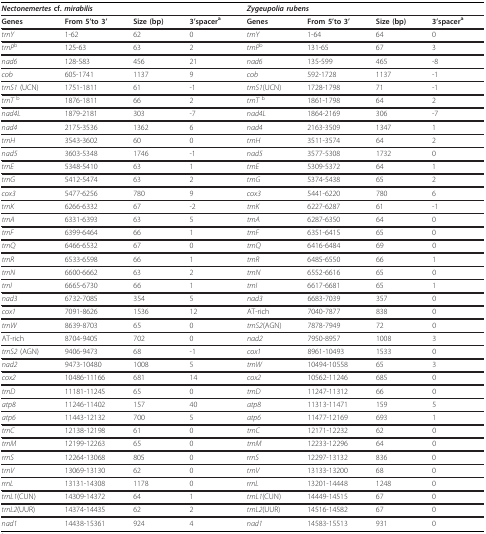
<table><thead><tr><td colspan="4"><b><i>Nectonemertes </i>cf. <i>mirabilis</i></b></td><td colspan="4"><b><i>Zygeupolia rubens</i></b></td></tr></thead><tbody><tr><td><b>Genes</b></td><td><b>From 5&#x27;to 3&#x27;</b></td><td><b>Size (bp)</b></td><td><b>3&#x27;spacer</b><sup><b>a</b></sup></td><td><b>Genes</b></td><td><b>From 5&#x27;to 3&#x27;</b></td><td><b>Size (bp)</b></td><td><b>3&#x27;spacer</b><sup><b>a</b></sup></td></tr><tr><td><i>trnY</i></td><td>1-62</td><td>62</td><td>0</td><td><i>trnY</i></td><td>1-64</td><td>64</td><td>0</td></tr><tr><td><i>trnP</i><sup>b</sup></td><td>125-63</td><td>63</td><td>2</td><td><i>trnP</i><sup>b</sup></td><td>131-65</td><td>67</td><td>3</td></tr><tr><td><i>nad6</i></td><td>128-583</td><td>456</td><td>21</td><td><i>nad6</i></td><td>135-599</td><td>465</td><td>-8</td></tr><tr><td><i>cob</i></td><td>605-1741</td><td>1137</td><td>9</td><td><i>cob</i></td><td>592-1728</td><td>1137</td><td>-1</td></tr><tr><td><i>trnS1 </i>(UCN)</td><td>1751-1811</td><td>61</td><td>-1</td><td><i>trnS1</i>(UCN)</td><td>1728-1798</td><td>71</td><td>-1</td></tr><tr><td><i>trnT </i><sup>b</sup></td><td>1876-1811</td><td>66</td><td>2</td><td><i>trnT </i><sup>b</sup></td><td>1861-1798</td><td>64</td><td>2</td></tr><tr><td><i>nad4L</i></td><td>1879-2181</td><td>303</td><td>-7</td><td><i>nad4L</i></td><td>1864-2169</td><td>306</td><td>-7</td></tr><tr><td><i>nad4</i></td><td>2175-3536</td><td>1362</td><td>6</td><td><i>nad4</i></td><td>2163-3509</td><td>1347</td><td>1</td></tr><tr><td><i>trnH</i></td><td>3543-3602</td><td>60</td><td>0</td><td><i>trnH</i></td><td>3511-3574</td><td>64</td><td>2</td></tr><tr><td><i>nad5</i></td><td>3603-5348</td><td>1746</td><td>-1</td><td><i>nad5</i></td><td>3577-5308</td><td>1732</td><td>0</td></tr><tr><td><i>trnE</i></td><td>5348-5410</td><td>63</td><td>1</td><td><i>trnE</i></td><td>5309-5372</td><td>64</td><td>1</td></tr><tr><td><i>trnG</i></td><td>5412-5474</td><td>63</td><td>2</td><td><i>trnG</i></td><td>5374-5438</td><td>65</td><td>2</td></tr><tr><td><i>cox3</i></td><td>5477-6256</td><td>780</td><td>9</td><td><i>cox3</i></td><td>5441-6220</td><td>780</td><td>6</td></tr><tr><td><i>trnK</i></td><td>6266-6332</td><td>67</td><td>-2</td><td><i>trnK</i></td><td>6227-6287</td><td>61</td><td>-1</td></tr><tr><td><i>trnA</i></td><td>6331-6393</td><td>63</td><td>5</td><td><i>trnA</i></td><td>6287-6350</td><td>64</td><td>0</td></tr><tr><td><i>trnF</i></td><td>6399-6464</td><td>66</td><td>1</td><td><i>trnF</i></td><td>6351-6415</td><td>65</td><td>0</td></tr><tr><td><i>trnQ</i></td><td>6466-6532</td><td>67</td><td>0</td><td><i>trnQ</i></td><td>6416-6484</td><td>69</td><td>0</td></tr><tr><td><i>trnR</i></td><td>6533-6598</td><td>66</td><td>1</td><td><i>trnR</i></td><td>6485-6550</td><td>66</td><td>1</td></tr><tr><td><i>trnN</i></td><td>6600-6662</td><td>63</td><td>2</td><td><i>trnN</i></td><td>6552-6616</td><td>65</td><td>0</td></tr><tr><td><i>trnI</i></td><td>6665-6730</td><td>66</td><td>1</td><td><i>trnI</i></td><td>6617-6681</td><td>65</td><td>1</td></tr><tr><td><i>nad3</i></td><td>6732-7085</td><td>354</td><td>5</td><td><i>nad3</i></td><td>6683-7039</td><td>357</td><td>0</td></tr><tr><td><i>cox1</i></td><td>7091-8626</td><td>1536</td><td>12</td><td>AT-rich</td><td>7040-7877</td><td>838</td><td>0</td></tr><tr><td><i>trnW</i></td><td>8639-8703</td><td>65</td><td>0</td><td><i>trnS2</i>(AGN)</td><td>7878-7949</td><td>72</td><td>0</td></tr><tr><td>AT-rich</td><td>8704-9405</td><td>702</td><td>0</td><td><i>nad2</i></td><td>7950-8957</td><td>1008</td><td>3</td></tr><tr><td><i>trnS2 </i>(AGN)</td><td>9406-9473</td><td>68</td><td>-1</td><td><i>cox1</i></td><td>8961-10493</td><td>1533</td><td>0</td></tr><tr><td><i>nad2</i></td><td>9473-10480</td><td>1008</td><td>5</td><td><i>trnW</i></td><td>10494-10558</td><td>65</td><td>3</td></tr><tr><td><i>cox2</i></td><td>10486-11166</td><td>681</td><td>14</td><td><i>cox2</i></td><td>10562-11246</td><td>685</td><td>0</td></tr><tr><td><i>trnD</i></td><td>11181-11245</td><td>65</td><td>0</td><td><i>trnD</i></td><td>11247-11312</td><td>66</td><td>0</td></tr><tr><td><i>atp8</i></td><td>11246-11402</td><td>157</td><td>40</td><td><i>atp8</i></td><td>11313-11471</td><td>159</td><td>5</td></tr><tr><td><i>atp6</i></td><td>11443-12132</td><td>700</td><td>5</td><td><i>atp6</i></td><td>11477-12169</td><td>693</td><td>1</td></tr><tr><td><i>trnC</i></td><td>12138-12198</td><td>61</td><td>0</td><td><i>trnC</i></td><td>12171-12232</td><td>62</td><td>0</td></tr><tr><td><i>trnM</i></td><td>12199-12263</td><td>65</td><td>0</td><td><i>trnM</i></td><td>12233-12296</td><td>64</td><td>0</td></tr><tr><td><i>rrnS</i></td><td>12264-13068</td><td>805</td><td>0</td><td><i>rrnS</i></td><td>12297-13132</td><td>836</td><td>0</td></tr><tr><td><i>trnV</i></td><td>13069-13130</td><td>62</td><td>0</td><td><i>trnV</i></td><td>13133-13200</td><td>68</td><td>0</td></tr><tr><td><i>rrnL</i></td><td>13131-14308</td><td>1178</td><td>0</td><td><i>rrnL</i></td><td>13201-14448</td><td>1248</td><td>0</td></tr><tr><td><i>trnL1</i>(CUN)</td><td>14309-14372</td><td>64</td><td>1</td><td><i>trnL1</i>(CUN)</td><td>14449-14515</td><td>67</td><td>0</td></tr><tr><td><i>trnL2</i>(UUR)</td><td>14374-14435</td><td>62</td><td>2</td><td><i>trnL2</i>(UUR)</td><td>14516-14582</td><td>67</td><td>0</td></tr><tr><td><i>nad1</i></td><td>14438-15361</td><td>924</td><td>4</td><td><i>nad1</i></td><td>14583-15513</td><td>931</td><td>0</td></tr></tbody></table>